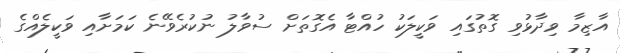
އާޒިމާ ވިދާޅުވި ގޮތުގައި ވަކީލަކު ހުއްޓާ އެގޮތަށް ސުވާލު ނުކުރެވޭނެ ކަމަށާއި ވަކީލެއްގެ